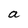
Character: a